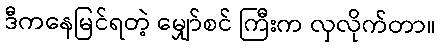
ဒီကနေမြင်ရတဲ့ မျှော်စင် ကြီးက လှလိုက်တာ။